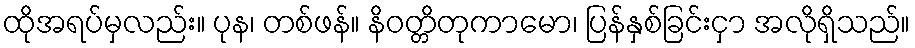
ထိုအရပ်မှလည်း။ ပုန၊ တစ်ဖန်။ နိဝတ္တိတုကာမော၊ ပြန်နှစ်ခြင်းငှာ အလိုရှိသည်။